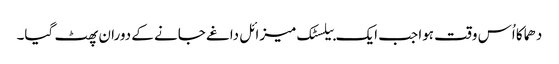
دھماکا اُس وقت ہوا جب ایک بیلسٹک میزائل داغے جانے کے دوران پھٹ گیا۔